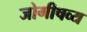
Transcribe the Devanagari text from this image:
जोगीषव्य